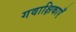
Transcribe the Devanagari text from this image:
गवाक्षिकाएँ